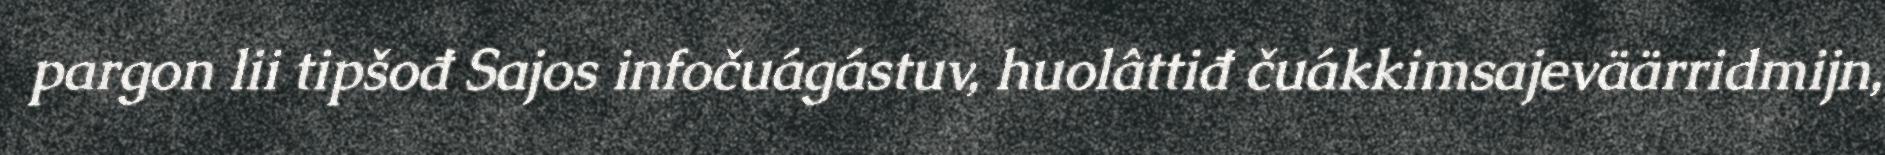
pargon lii tipšođ Sajos infočuágástuv, huolâttiđ čuákkimsajeväärridmijn,